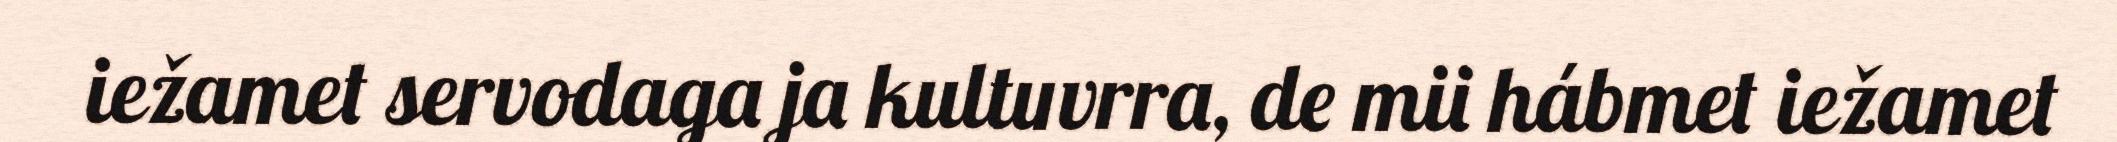
iežamet servodaga ja kultuvrra, de mii hábmet iežamet